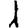
Digit: 1